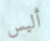
أليس